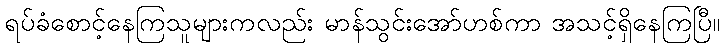
ရပ်ခံစောင့်နေကြသူများကလည်း မာန်သွင်းအော်ဟစ်ကာ အသင့်ရှိနေကြပြီ။